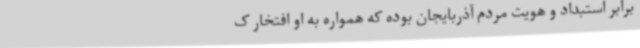
برابر استبداد و هویت مردم آذربایجان بوده که همواره به او افتخار ک